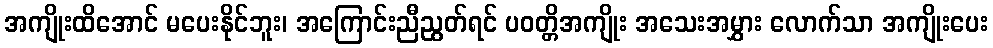
အကျိုးထိအောင် မပေးနိုင်ဘူး၊ အကြောင်းညီညွတ်ရင် ပဝတ္တိအကျိုး အသေးအမွှား လောက်သာ အကျိုးပေး